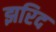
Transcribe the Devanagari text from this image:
झरिद